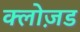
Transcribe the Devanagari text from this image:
क्लोज़ड